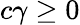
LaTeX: c\gamma\geq 0